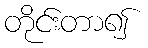
တိုင်းတာ၍